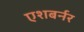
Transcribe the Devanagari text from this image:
एशबर्नर